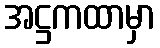
အဋ္ဌကထာမှာ